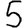
Digit: 5